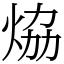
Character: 㶸